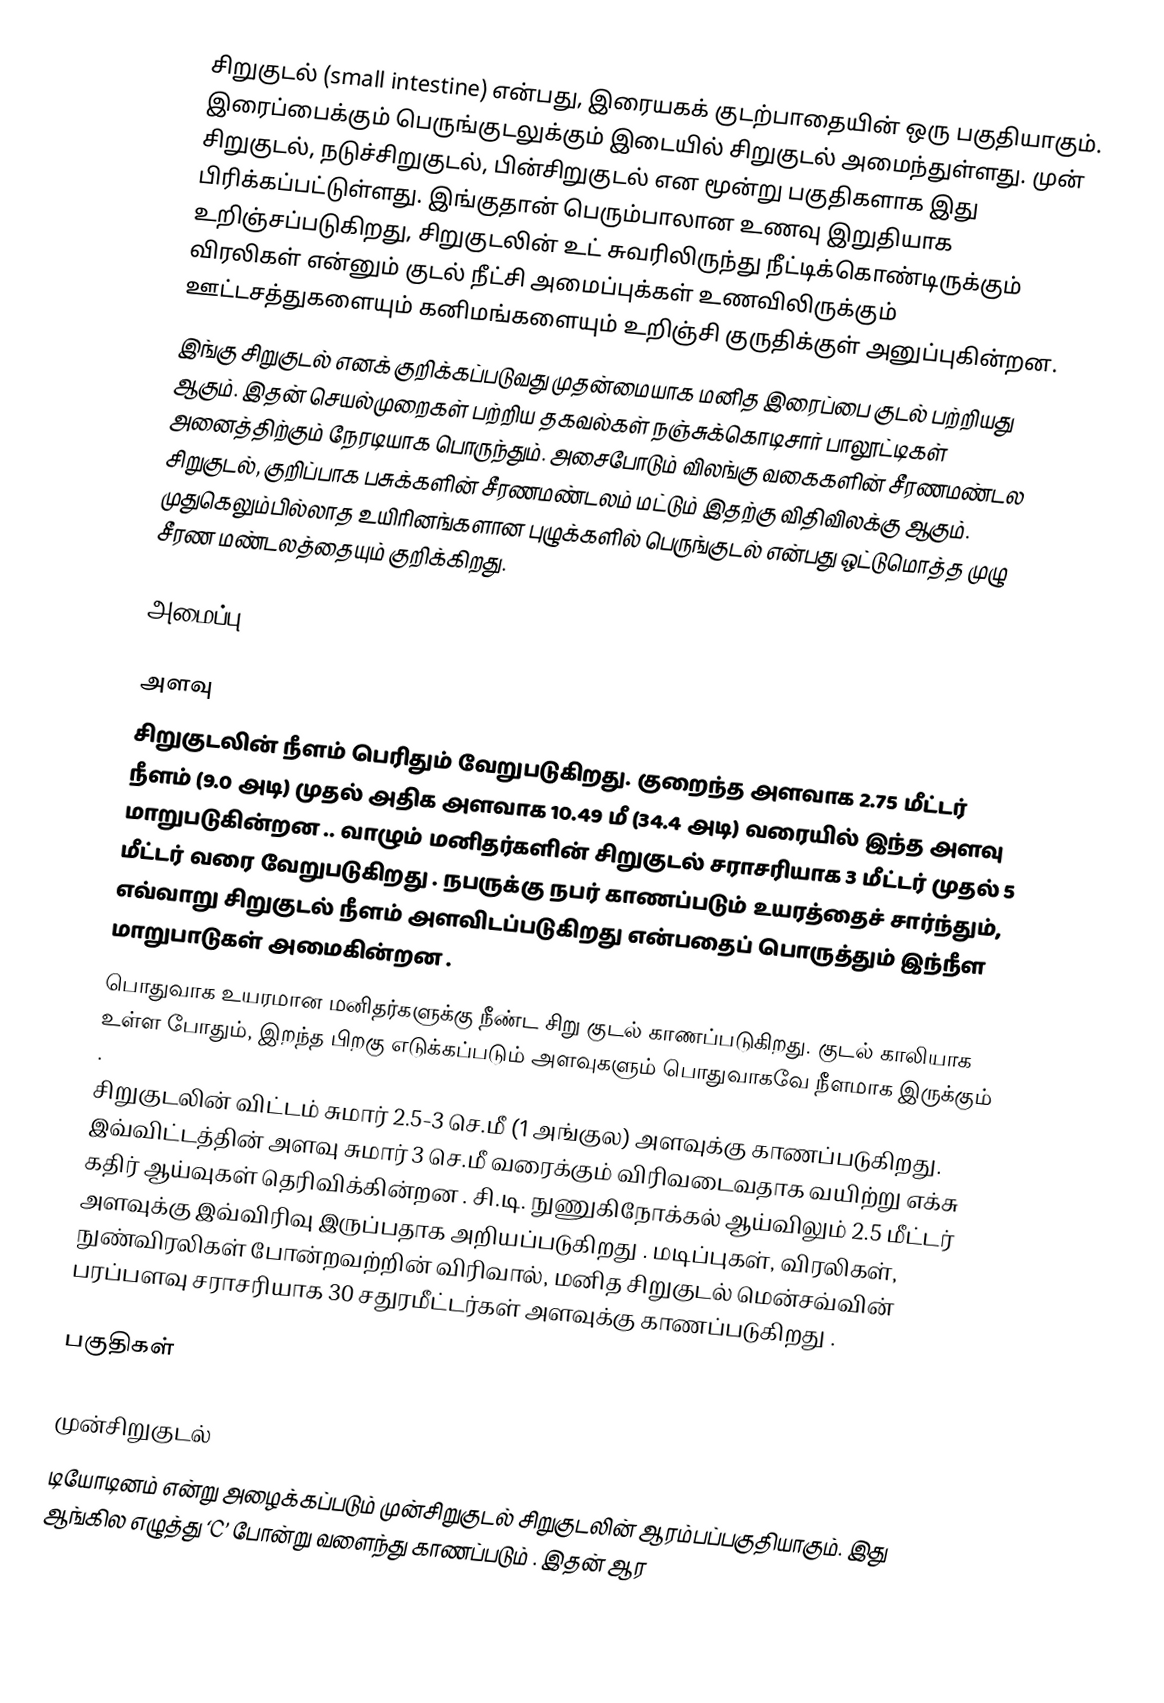
சிறுகுடல் (small intestine) என்பது, இரையகக் குடற்பாதையின் ஒரு பகுதியாகும். இரைப்பைக்கும் பெருங்குடலுக்கும்  இடையில் சிறுகுடல் அமைந்துள்ளது. முன் சிறுகுடல், நடுச்சிறுகுடல், பின்சிறுகுடல் என மூன்று பகுதிகளாக இது  பிரிக்கப்பட்டுள்ளது.  இங்குதான் பெரும்பாலான உணவு இறுதியாக உறிஞ்சப்படுகிறது,  சிறுகுடலின் உட் சுவரிலிருந்து நீட்டிக்கொண்டிருக்கும் விரலிகள் என்னும் குடல் நீட்சி அமைப்புக்கள் உணவிலிருக்கும் ஊட்டசத்துகளையும் கனிமங்களையும் உறிஞ்சி குருதிக்குள் அனுப்புகின்றன.
இங்கு சிறுகுடல் எனக் குறிக்கப்படுவது  முதன்மையாக மனித இரைப்பை குடல் பற்றியது ஆகும். இதன் செயல்முறைகள் பற்றிய தகவல்கள் நஞ்சுக்கொடிசார் பாலூட்டிகள் அனைத்திற்கும் நேரடியாக பொருந்தும். அசைபோடும் விலங்கு வகைகளின் சீரணமண்டல சிறுகுடல், குறிப்பாக பசுக்களின் சீரணமண்டலம் மட்டும் இதற்கு விதிவிலக்கு ஆகும். முதுகெலும்பில்லாத உயிரினங்களான புழுக்களில் பெருங்குடல் என்பது ஒட்டுமொத்த முழு சீரண மண்டலத்தையும் குறிக்கிறது.

அமைப்பு

அளவு
சிறுகுடலின் நீளம் பெரிதும் வேறுபடுகிறது. குறைந்த அளவாக 2.75 மீட்டர் நீளம் (9.0 அடி) முதல் அதிக அளவாக 10.49 மீ (34.4 அடி) வரையில் இந்த அளவு மாறுபடுகின்றன .. வாழும் மனிதர்களின் சிறுகுடல் சராசரியாக 3 மீட்டர் முதல் 5 மீட்டர் வரை வேறுபடுகிறது . நபருக்கு நபர் காணப்படும் உயரத்தைச் சார்ந்தும், எவ்வாறு சிறுகுடல் நீளம் அளவிடப்படுகிறது என்பதைப் பொருத்தும் இந்நீள மாறுபாடுகள் அமைகின்றன .
பொதுவாக உயரமான மனிதர்களுக்கு நீண்ட சிறு குடல் காணப்படுகிறது. குடல் காலியாக உள்ள போதும், இறந்த பிறகு எடுக்கப்படும் அளவுகளும் பொதுவாகவே நீளமாக இருக்கும் .
சிறுகுடலின் விட்டம்  சுமார் 2.5-3 செ.மீ (1 அங்குல) அளவுக்கு காணப்படுகிறது. இவ்விட்டத்தின் அளவு சுமார் 3 செ.மீ வரைக்கும் விரிவடைவதாக வயிற்று எக்சு கதிர் ஆய்வுகள் தெரிவிக்கின்றன . சி.டி. நுணுகிநோக்கல் ஆய்விலும் 2.5 மீட்டர் அளவுக்கு இவ்விரிவு இருப்பதாக அறியப்படுகிறது .  மடிப்புகள், விரலிகள், நுண்விரலிகள் போன்றவற்றின் விரிவால், மனித சிறுகுடல் மென்சவ்வின் பரப்பளவு சராசரியாக 30 சதுரமீட்டர்கள் அளவுக்கு காணப்படுகிறது .

பகுதிகள்

முன்சிறுகுடல்
டியோடினம் என்று அழைக்கப்படும் முன்சிறுகுடல் சிறுகுடலின் ஆரம்பப்பகுதியாகும். இது ஆங்கில எழுத்து ‘C’ போன்று வளைந்து காணப்படும் . இதன் ஆர